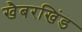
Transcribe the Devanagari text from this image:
खैबरखिंड